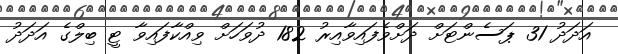
އަދަދު 31 ޕަސެންޓަށް ދަށްވެފައިވާއިރު 182 ދުވަހަށް ވިއްކާފައިވާ ޓީ ބިލްގެ އަދަދު